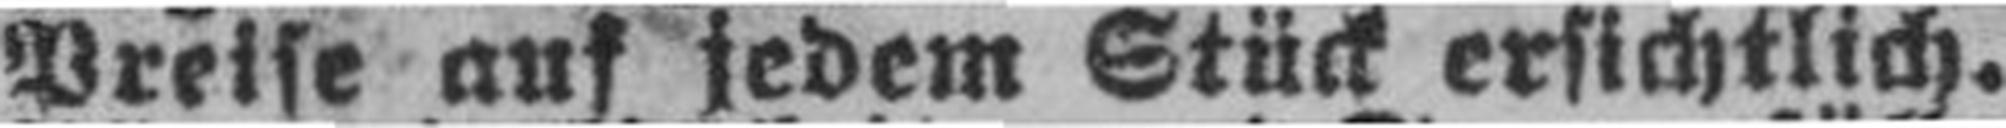
Preise auf jedem Stück ersichtlich.